Vaccination in the Punjab 1905-1918 - 1905-1918
Year: 1905
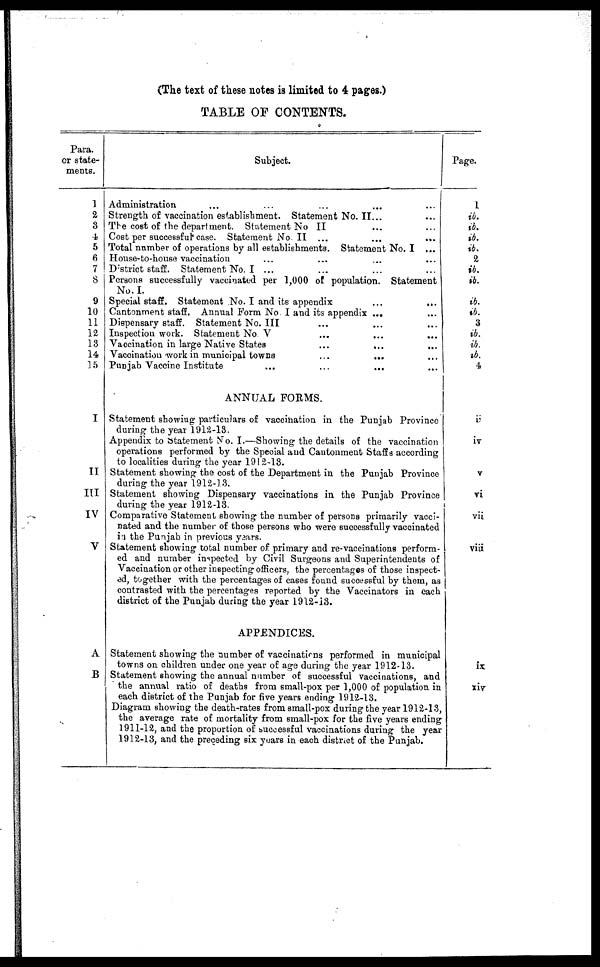
(The text of these notes is limited to 4 pages.)
TABLE OF CONTENTS.
Para.
or state-
ments.
1
2
3
4
5
6
7
8
9
10
11
12
13
14
15
I
II
III
IV
V
A
B
Subject.
Administration ... ... ... ... ...
Strength of vaccination establishment. Statement No. II... ...
The cost of the department. Statement No II ... ...
Cost per successful case. Statement No.II ... ... ...
Total number of operations by all establishments. Statement No. I ...
House-to-house vaccination ... ... ... ...
District staff. Statement No. I ... ... ... ...
Persons successfully vaccinated per 1,000 of population. Statement
No. I.
Special staff. Statement No. I and its appendix
...
...
Cantonment staff. Annual Form No. I and its appendix ... ...
Dispensary staff. Statement No. III ... ... ...
Inspection work. Statement No. V
...
...
...
Vaccination in large Native States
...
... ...
Vaccination work in municipal towns ... ... ...
Punjab Vaccine Institute ... ... ... ...
ANNUAL FORMS.
Statement showing particulars of vaccination in the Punjab Province
during the year 1912-13.
Appendix to Statement No. I.—Showing the details of the vaccination
operations performed by the Special and Cantonment Staffs according
to localities during the year 1912-13.
Statement showing the cost of the Department in the Punjab Province
during the year 1912-13.
Statement showing Dispensary vaccinations in the Punjab Province
during the year 1912-13.
Comparative Statement showing the number of persons primarily vacci-
nated and the number of those persons who were successfully vaccinated
in the Punjab in previous years.
Statement showing total number of primary and re-vaccinations perform-
ed and number inspected by Civil Surgeons and Superintendents of
Vaccination or other inspecting officers, the percentages of those inspect-
ed, together with the percentages of cases found successful by them, as
contrasted with the percentages reported by the Vaccinators in each
district of the Punjab during the year 1912-13.
APPENDICES.
Statement showing the number of vaccinations performed in municipal
towns on children under one year of age during the year 1912-13.
Statement showing the annual number of successful vaccinations, and
the annual ratio of deaths from small-pox per 1,000 of population in
each district of the Punjab for five years ending 1912-13.
Diagram showing the death-rates from small-pox during the year 1912-13,
the average rate of mortality from small-pox for the five years ending
1911-12, and the proportion of successful vaccinations during the year
1912-13, and the preceding six years in each district of the Punjab.
Page.
1
ib.
ib.
ib.
ib.
2
ib.
ib.
ib.
ib.
3
ib.
ib.
ib.
4
ii
iv
V
vi
vii
viii
ix
xiv